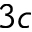
3 c